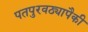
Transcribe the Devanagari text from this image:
पतपुरवठ्यापैकी